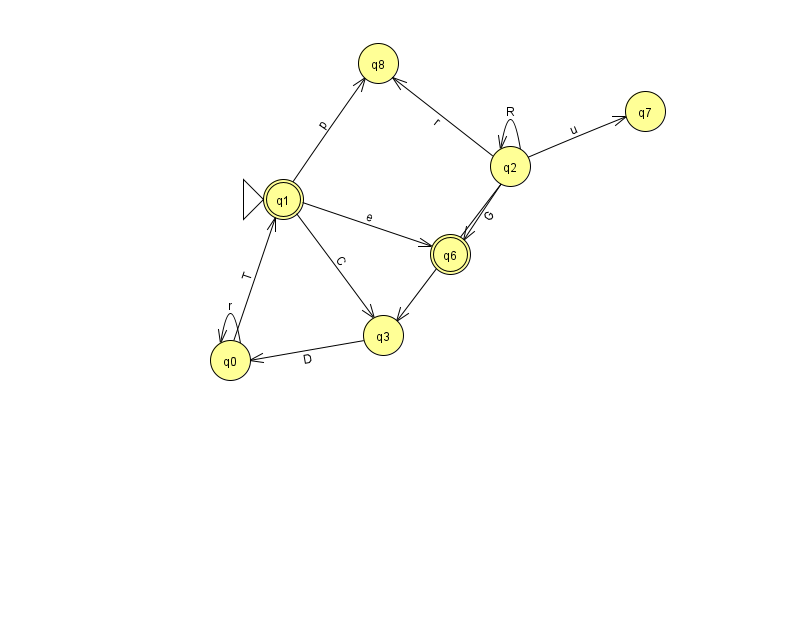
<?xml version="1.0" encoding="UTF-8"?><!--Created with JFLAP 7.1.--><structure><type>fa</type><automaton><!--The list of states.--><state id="0" name="q0"><x>230.0</x><y>347.0</y></state><state id="1" name="q1"><x>283.0</x><y>186.0</y><initial/><final/></state><state id="2" name="q2"><x>510.0</x><y>153.0</y></state><state id="3" name="q3"><x>383.0</x><y>322.0</y></state><state id="6" name="q6"><x>450.0</x><y>241.0</y><final/></state><state id="7" name="q7"><x>645.0</x><y>98.0</y></state><state id="8" name="q8"><x>378.0</x><y>50.0</y></state><!--The list of transitions.--><transition><from>2</from><to>8</to><read>r</read></transition><transition><from>0</from><to>0</to><read>r</read></transition><transition><from>2</from><to>2</to><read>R</read></transition><transition><from>2</from><to>6</to><read>G</read></transition><transition><from>2</from><to>7</to><read>u</read></transition><transition><from>0</from><to>1</to><read>T</read></transition><transition><from>1</from><to>6</to><read>e</read></transition><transition><from>1</from><to>8</to><read>p</read></transition><transition><from>1</from><to>3</to><read>C</read></transition><transition><from>3</from><to>0</to><read>D</read></transition><transition><from>2</from><to>3</to><read>C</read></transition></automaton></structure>